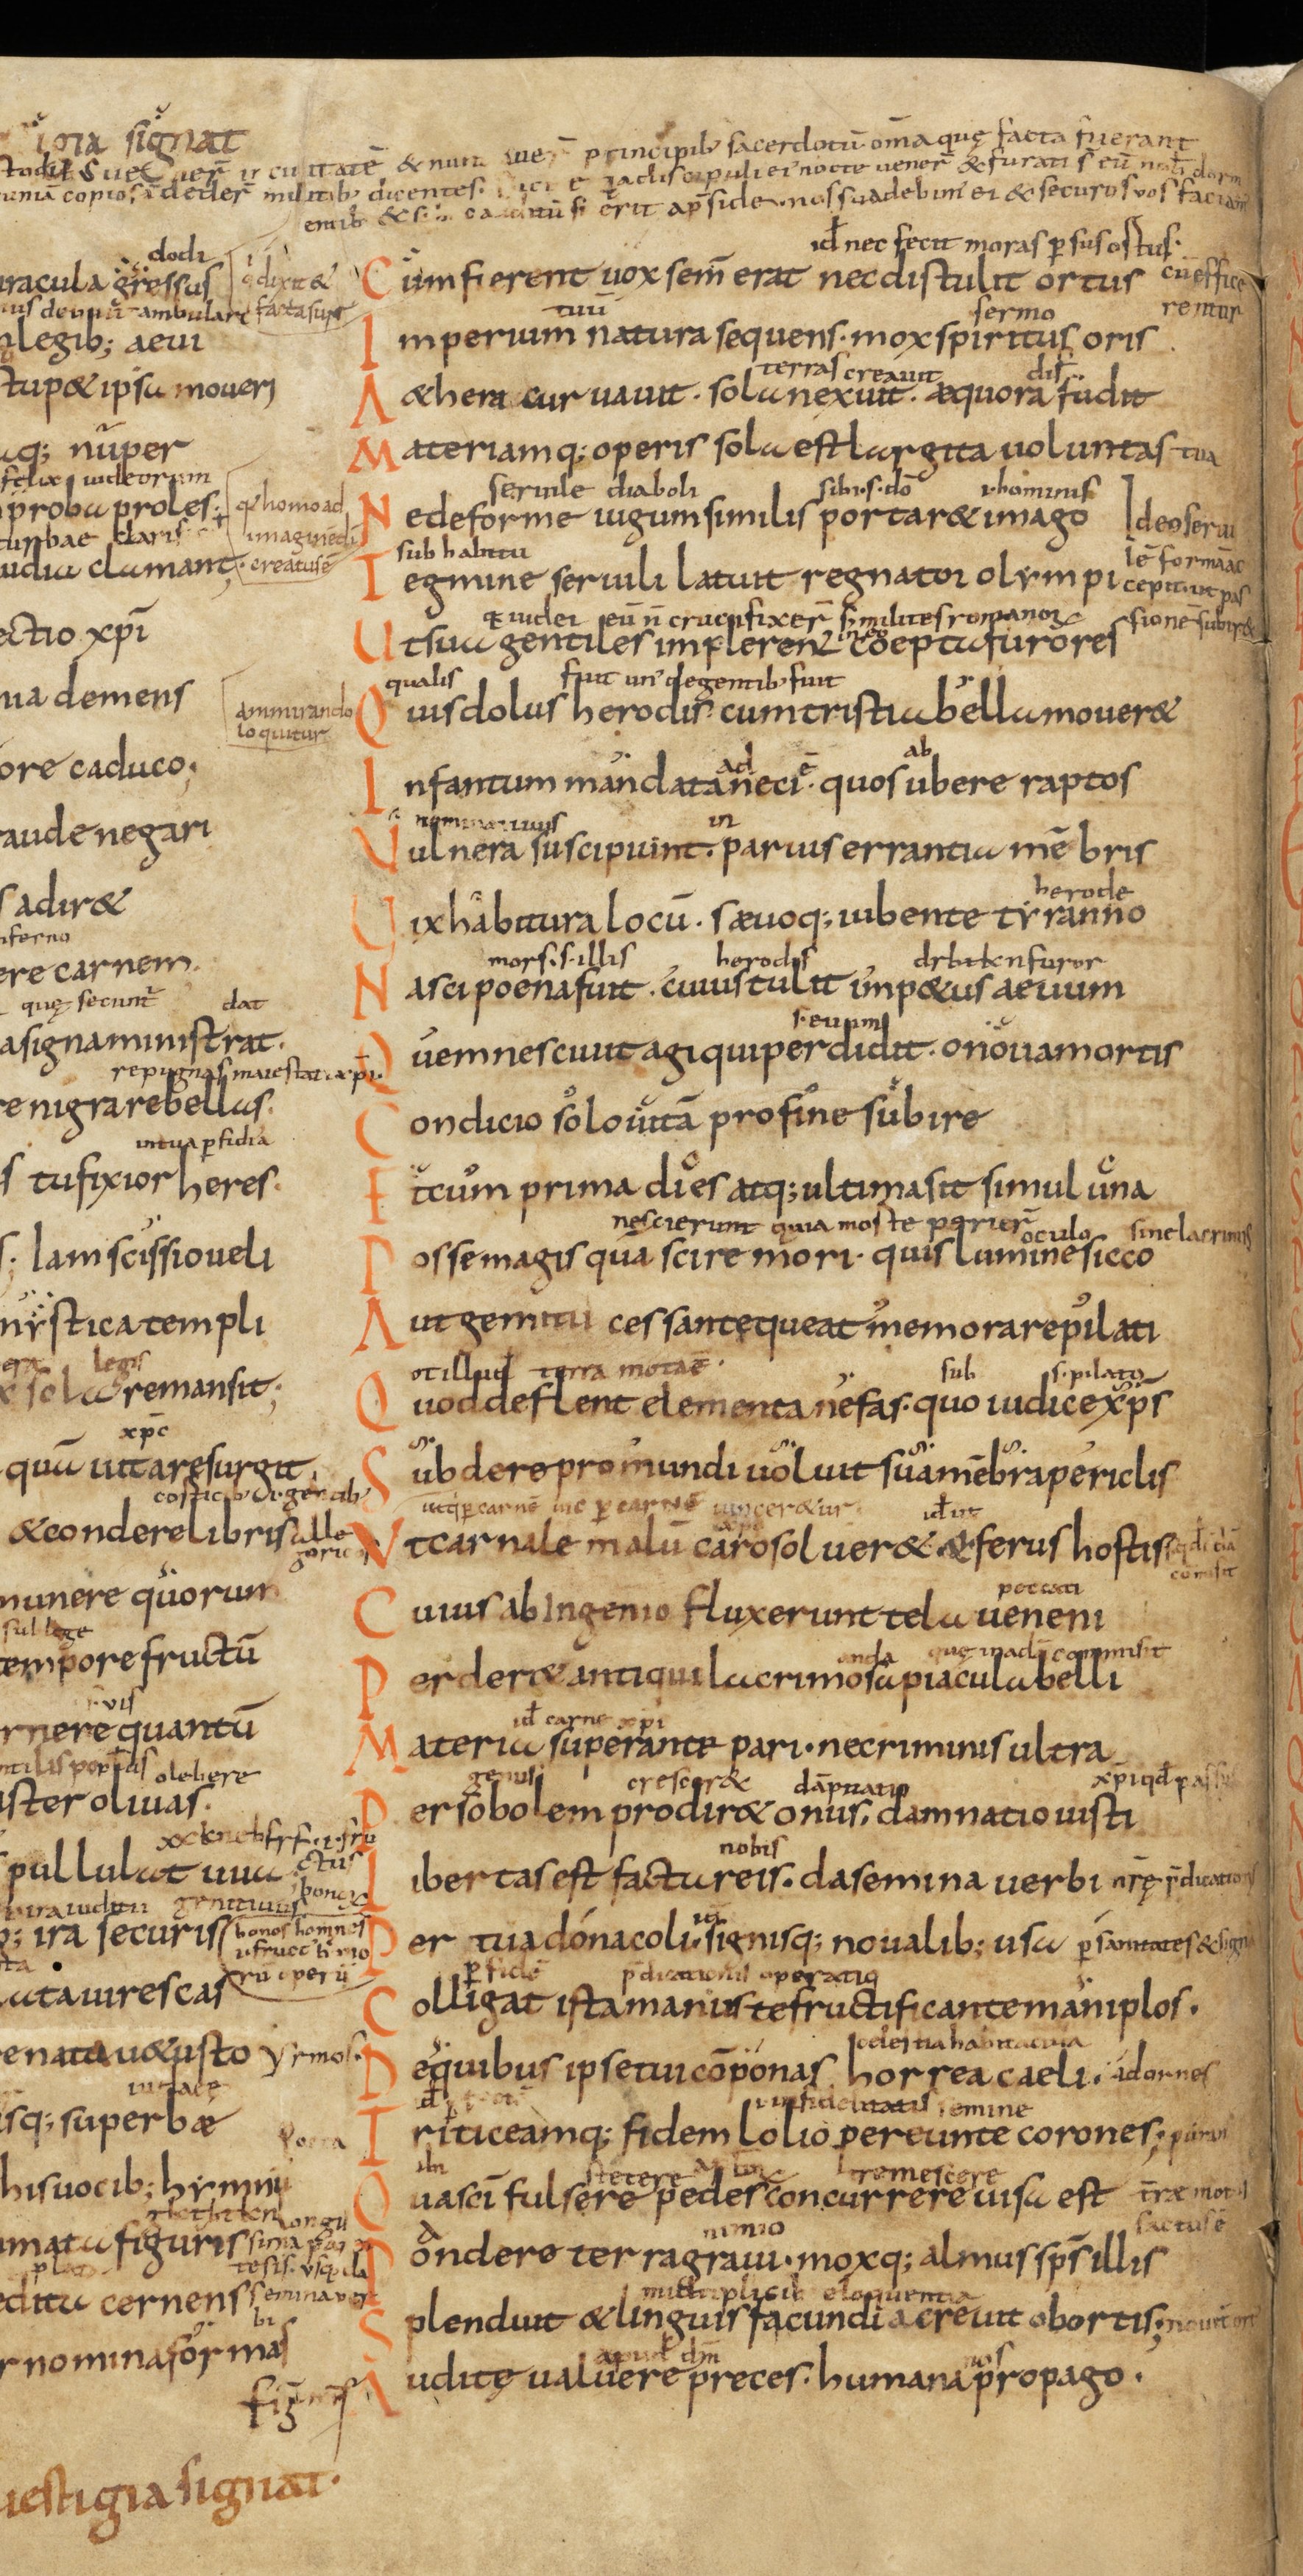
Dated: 833–999